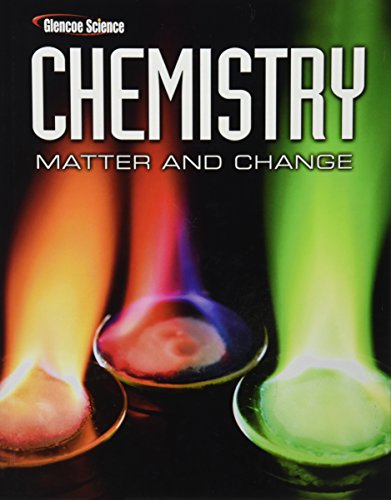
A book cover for Chemistry: Matter & Change, Student Edition (Glencoe Science); McGraw-Hill Education; Science & Math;